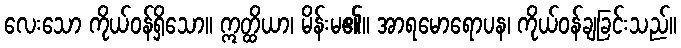
လေးသော ကိုယ်ဝန်ရှိသော။ ဣတ္ထိယာ၊ မိန်းမ၏။ အာရမောရောပန၊ ကိုယ်ဝန်ချခြင်းသည်။